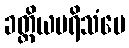
ခတ္တိယပရိသံပေ